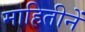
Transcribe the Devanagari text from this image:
माहितीनें